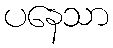
ပနေသာ